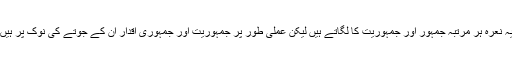
یہ نعرہ ہر مرتبہ جمہور اور جمہوریت کا لگاتے ہیں لیکن عملی طور پر جمہوریت اور جمہوری اقدار ان کے جوتے کی نوک پر ہیں۔